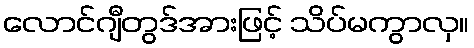
လောင်ဂျီတွဒ်အားဖြင့် သိပ်မကွာလှ။